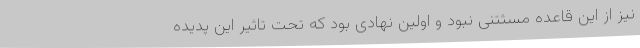
نیز از این قاعده مسثتنی نبود و اولین نهادی بود که تحت تاثیر این پدیده